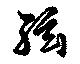
絃